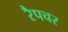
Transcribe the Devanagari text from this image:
रैपचर